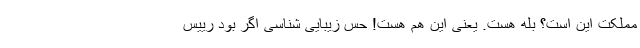
مملکت این است؟ بله هست. یعنی این هم هست! حس زیبایی شناسی اگر بود رییس